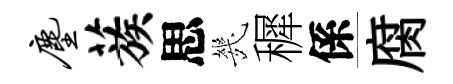
尘蔟思㡬穉係腐